Annual statistical returns and brief notes on vaccination in Bengal - 1896-1909
Year: 1896
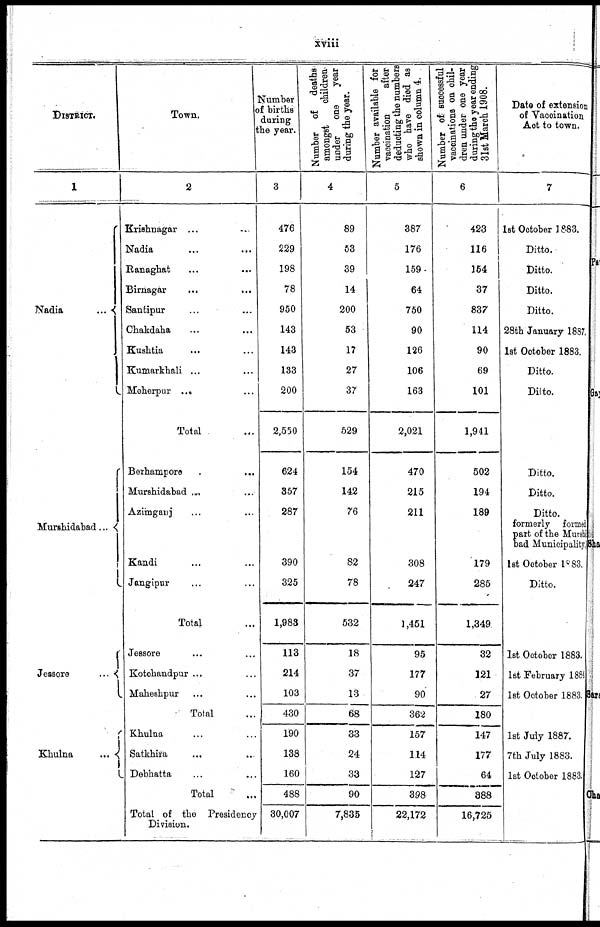
xviii
DISTRICT.
1
Nadia...
Murshidabad...
Jessore...
...
Khulna...
Town.
2
Krishnagar... ...
Nadia... ...
Ranaghat... ...
Birnagar... ...
Santipur... ...
Chakdaha... ...
Kushtia... ...
Kumarkhali... ...
Meherpur... ...
Total...
Berhampore...
...
Murshidabad... ...
Azimganj... ...
Kandi... ...
Jangipur... ...
Total...
Jessore... ...
Kotohandpur... ...
Maheshpur... ...
Total...
Khulna...
Satkhira... ...
Debhatta... ...
Total...
Total of the Presidency
Division.
Number
of births
during
the year.
3
476
229
198
78
950
143
143
133
200
2,550
624
357
287
390
325
1,983
113
214
103
430
190
138
160
488
30,007
Number of deaths
amongst
children
under
one
year
during
the
year.
4
89
53
39
14
200
53
17
27
37
529
154
142
76
82
78
532
18
37
13
68
33
24
33
90
7,835
Number available for
vaccination
after
deducting the numbers
who have died as
shown in column 4.
5
387
176
159
64
750
90
126
106
163
2,021
470
215
211
308
247
1,451
95
177
90
362
157
114
127
398
22,172
Number of successful
vaccinations on chil-
dren under one year
during the year ending
31st March 1908.
6
423
116
154
37
837
114
90
69
101
1,941
502
194
189
179
285
1,349
32
121
27
180
147
177
64
388
16,725
Date of extension
of Vaccination
Act to town.
7
1st October 1883.
Ditto.
Ditto.
Ditto.
Ditto.
28th January 1887.
1st October 1883.
Ditto.
Ditto.
Ditto.
Ditto.
Ditto.
formerly formed
part of the Murshi
bad Municipality.
1st October 1883.
Ditto.
1st October 1883.
1st February 1884
1st October 1883.
1st July 1887.
7th July 1883.
1st October 1883.